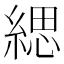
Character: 緦